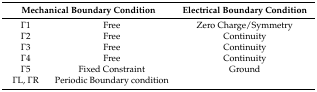
<table><thead><tr><td colspan="2"><b>Mechanical Boundary Condition</b></td><td><b>Electrical Boundary Condition</b></td></tr></thead><tbody><tr><td>Γ1</td><td>Free</td><td>Zero Charge/Symmetry</td></tr><tr><td>Γ2</td><td>Free</td><td>Continuity</td></tr><tr><td>Γ3</td><td>Free</td><td>Continuity</td></tr><tr><td>Γ4</td><td>Free</td><td>Continuity</td></tr><tr><td>Γ5</td><td>Fixed Constraint</td><td>Ground</td></tr><tr><td>ΓL, ΓR</td><td>Periodic Boundary condition</td><td></td></tr></tbody></table>